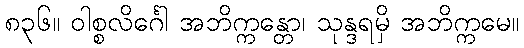
၈၃၆။ ဝါစ္စလိင်္ဂေါ အဘိက္ကန္တော၊ သုန္ဒရမှိ အဘိက္ကမေ။